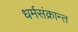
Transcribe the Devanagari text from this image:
धर्मसंक्रान्त